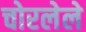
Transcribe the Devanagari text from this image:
चोरलेले